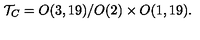
{ \cal T } _ { C } = O ( 3 , 1 9 ) / O ( 2 ) \times O ( 1 , 1 9 ) .